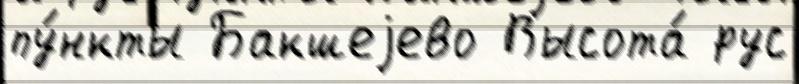
пу́нкты Бакшеjево Высота́ рус